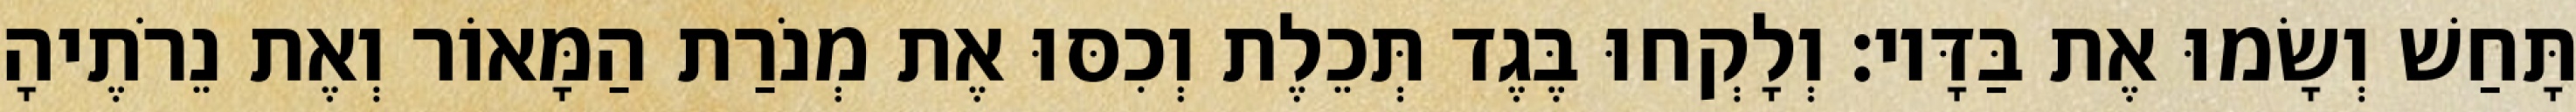
תָּחַשׁ וְשָׂמוּ אֶת בַּדָּיו׃ וְלָקְחוּ בֶּגֶד תְּכֵלֶת וְכִסּוּ אֶת מְנֹרַת הַמָּאוֹר וְאֶת נֵרֹתֶיהָ